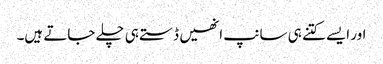
اور ایسے کتنے ہی سانپ انھیں ڈستے ہی چلے جاتے ہیں۔